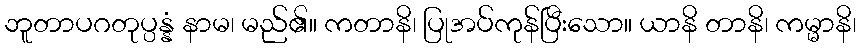
ဘူတာပဂတုပ္ပန္နံ နာမ၊ မည်၏။ ကတာနိ၊ ပြုအပ်ကုန်ပြီးသော။ ယာနိ တာနိ၊ ကမ္မာနိ၊